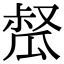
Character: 𤬂